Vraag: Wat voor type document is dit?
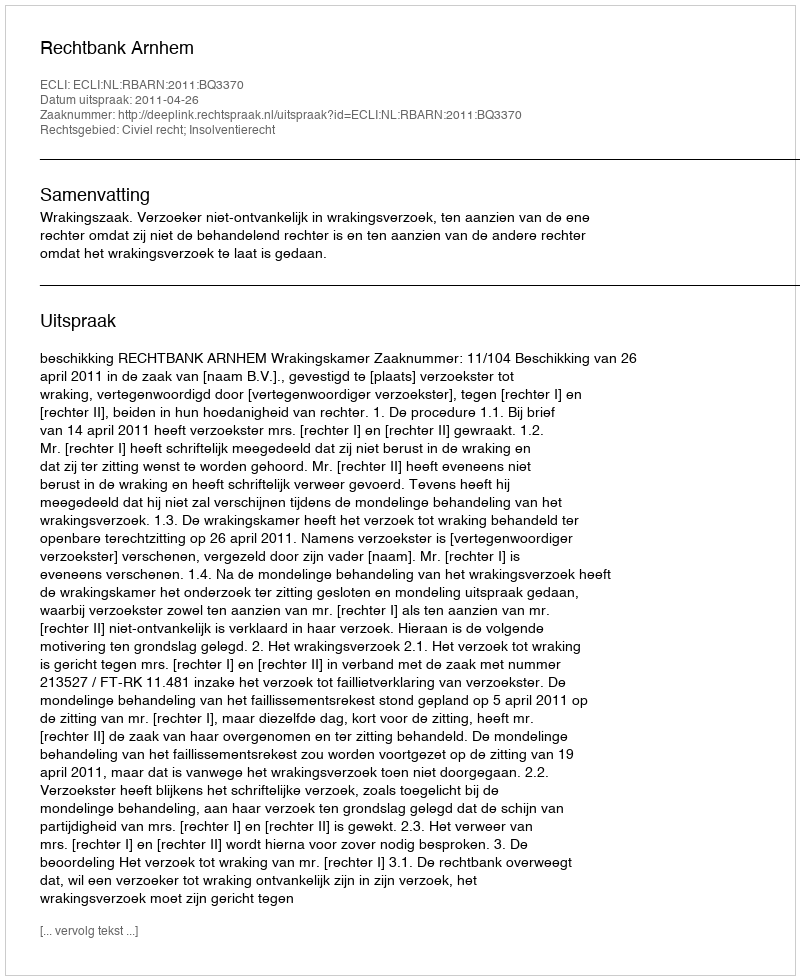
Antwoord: Uitspraak